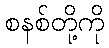
စနစ်တို့ကို